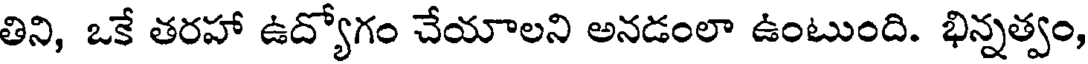
తిని, ఒకే తరహా ఉద్యోగం చేయాలని అనడంలా ఉంటుంది. భిన్నత్వం,